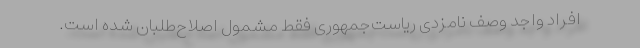
افراد واجد وصف نامزدی ریاست‌جمهوری فقط مشمول اصلاح‌طلبان شده است.